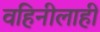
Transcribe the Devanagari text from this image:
वहिनीलाही